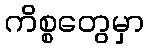
ကိစ္စတွေမှာ